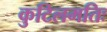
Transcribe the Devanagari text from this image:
कुटिलमतिः